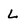
Character: L